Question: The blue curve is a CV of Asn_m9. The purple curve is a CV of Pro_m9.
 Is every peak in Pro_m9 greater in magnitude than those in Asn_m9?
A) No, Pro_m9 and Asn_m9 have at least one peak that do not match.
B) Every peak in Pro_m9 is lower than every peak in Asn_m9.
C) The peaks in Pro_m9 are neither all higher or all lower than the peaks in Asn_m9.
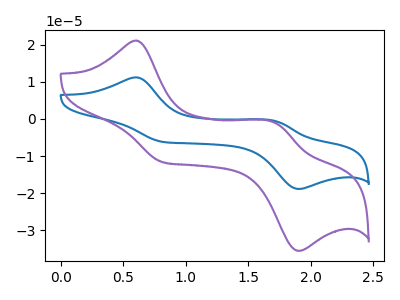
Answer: <think>The blue curve "Asn_m9" has anodic peaks at (0.60V, 11.20uA) (1.70V, -0.50uA) and cathodic peaks at (0.80V, -6.15uA) (1.90V, -18.85uA). The purple curve "Pro_m9" has anodic peaks at (0.60V, 21.05uA) (1.70V, -0.95uA) and cathodic peaks at (0.80V, -11.60uA) (1.90V, -35.45uA).</think>
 <answer>C) The peaks in "Pro_m9" are neither all higher or all lower than the peaks in "Asn_m9".</answer>
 <eval>C</eval>